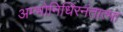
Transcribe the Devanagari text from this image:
अम्भोनिधिरनंतात्मा